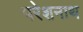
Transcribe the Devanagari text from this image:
परेशनाथ